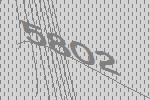
5802